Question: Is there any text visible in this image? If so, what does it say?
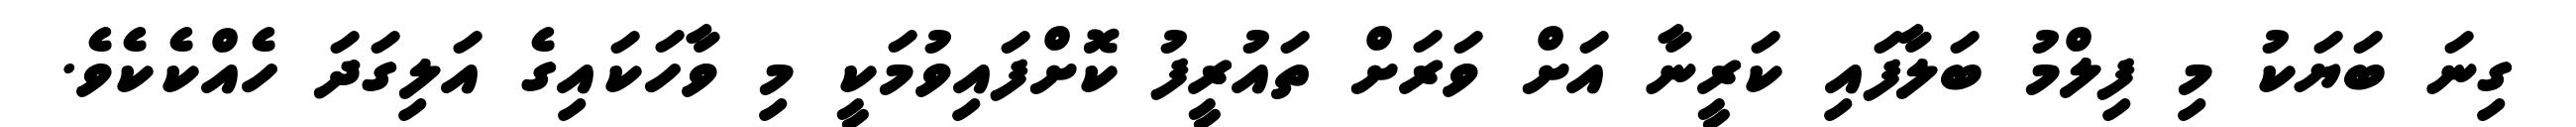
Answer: ގިނަ ބަޔަކު މި ފިލްމު ބަލާފައި ކަރީނާ އަށް ވަރަށް ތައުރީފު ކޮށްފައިވުމަކީ މި ވާހަކައިގެ އަލިގަދަ ހެއްކެކެވެ.